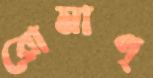
রোমাণ্